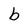
Character: b